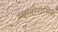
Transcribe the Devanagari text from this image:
स्क्लोरोसिस